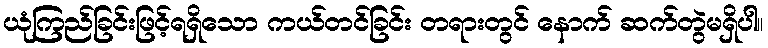
ယုံကြည်ခြင်းဖြင့်ရရှိသော ကယ်တင်ခြင်း တရားတွင် နောက် ဆက်တွဲမရှိပါ။